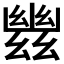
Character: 𢇑